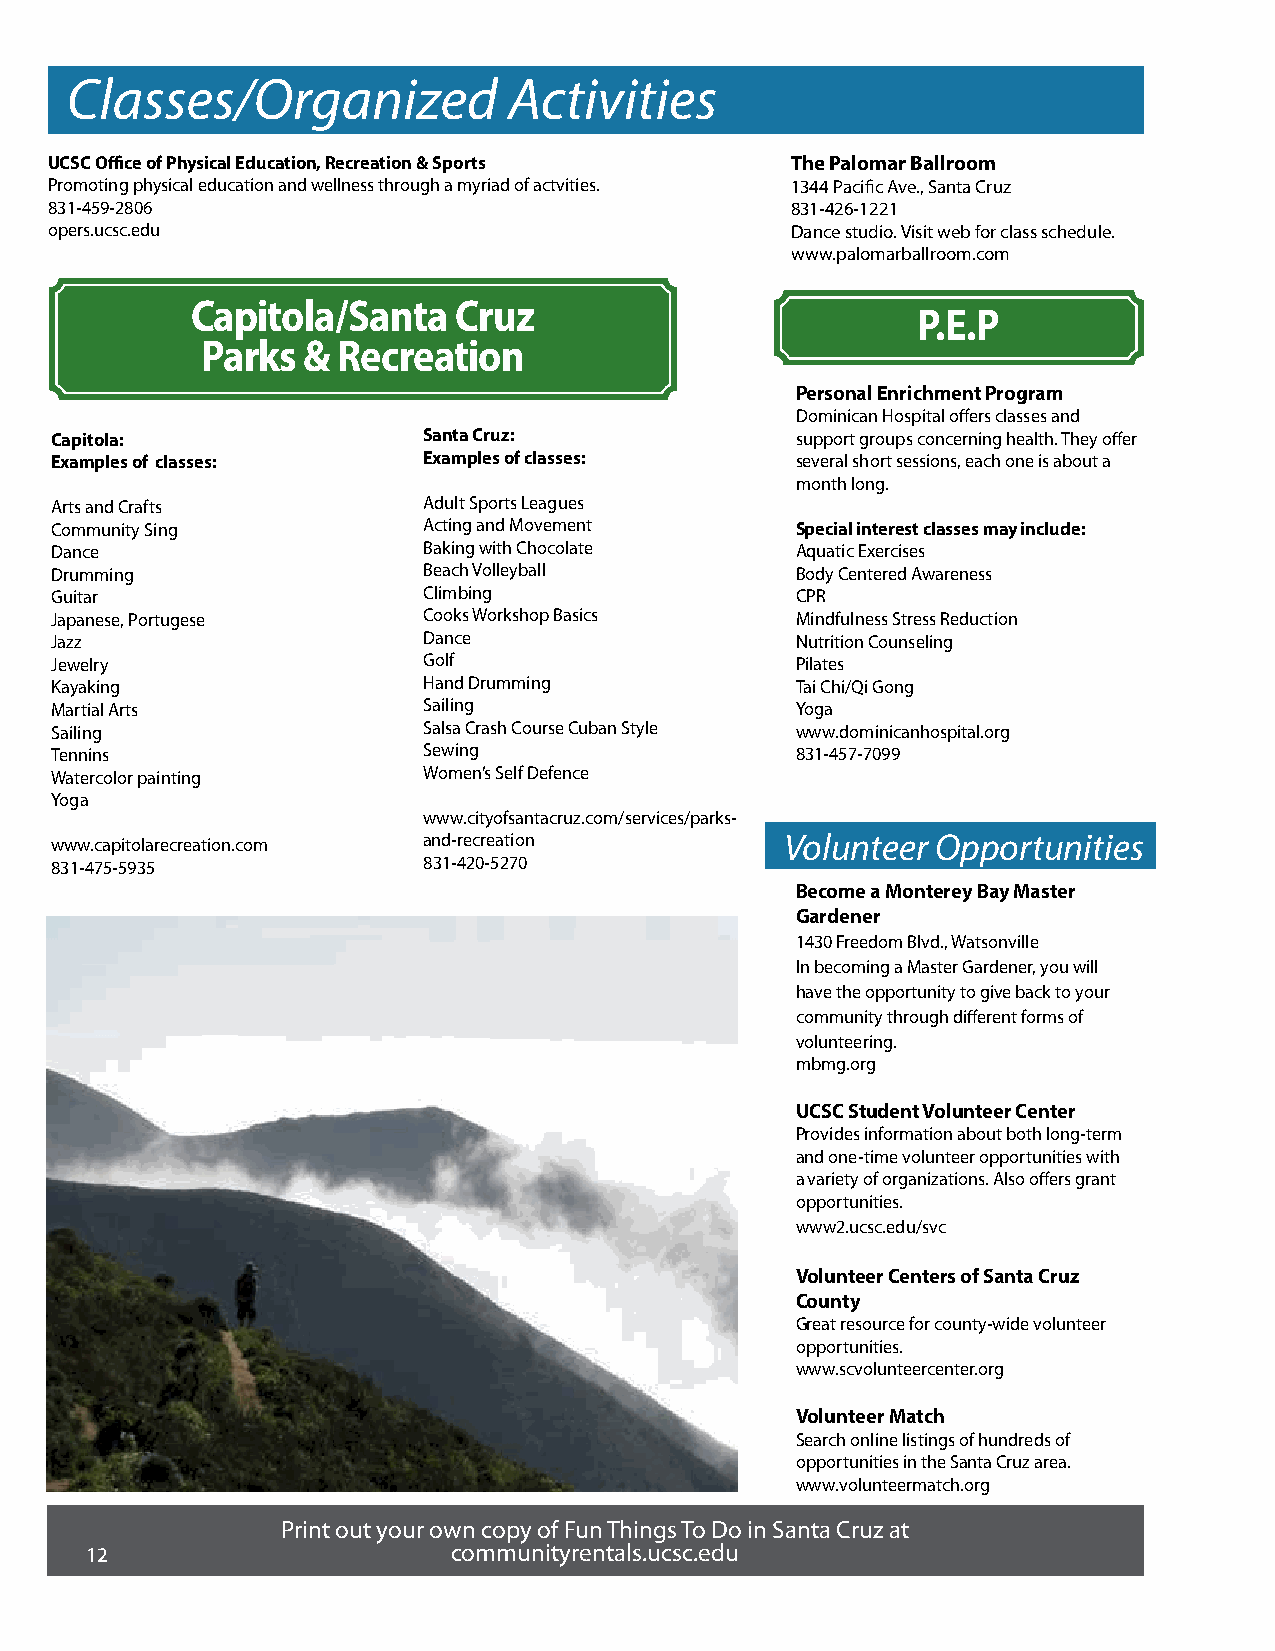
Classes/Organized             Activities
 UCSC Office of Physical Education, Recreation & Sports The Palomar Ballroom
 Promoting physical education and wellness through a myriad of actvities. 1344 Pacific Ave., Santa Cruz
 831-459-2806                                     831-426-1221
 opers.ucsc.edu                                   Dance studio. Visit web for class schedule.
 www.palomarballroom.com
 Capitola/Santa   Cruz
 P.E.P
 Parks  & Recreation
 Personal Enrichment Program
 Dominican Hospital offers classes and
 Capitola:                Santa Cruz:              support groups concerning health. They offer
 Examples of classes:     Examples of classes:     several short sessions, each one is about a
 month long.
 Arts and Crafts          Adult Sports Leagues
 Community Sing           Acting and Movement      Special interest classes may include:
 Dance                    Baking with Chocolate    Aquatic Exercises
 Drumming                 Beach Volleyball         Body Centered Awareness
 Guitar                   Climbing                 CPR
 Japanese, Portugese      Cooks Workshop Basics    Mindfulness Stress Reduction
 Jazz                     Dance                    Nutrition Counseling
 Jewelry                  Golf                     Pilates
 Kayaking                 Hand Drumming            Tai Chi/Qi Gong
 Martial Arts             Sailing                  Yoga
 Sailing                  Salsa Crash Course Cuban Style www.dominicanhospital.org
 Tennins                  Sewing                   831-457-7099
 Watercolor painting      Women’s Self Defence
 Yoga
 www.cityofsantacruz.com/services/parks-
 www.capitolarecreation.com and-recreation        Volunteer Opportunities
 831-475-5935             831-420-5270
 Become a Monterey Bay Master
 Gardener
 1430 Freedom Blvd., Watsonville
 In becoming a Master Gardener, you will
 have the opportunity to give back to your
 community through different forms of
 volunteering.
 mbmg.org
 UCSC Student Volunteer Center
 Provides information about both long-term
 and one-time volunteer opportunities with
 a variety of organizations. Also offers grant
 opportunities.
 www2.ucsc.edu/svc
 Volunteer Centers of Santa Cruz
 County
 Great resource for county-wide volunteer
 opportunities.
 www.scvolunteercenter.org
 Volunteer Match
 Search online listings of hundreds of
 opportunities in the Santa Cruz area.
 www.volunteermatch.org
 Print out your own copy of Fun Things To Do in Santa Cruz at
 12                      communityrentals.ucsc.edu